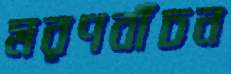
মরণবাঁচন